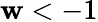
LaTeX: \mathbf{w}<-1